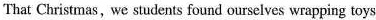
That Christmas, we students found ourselves wrapping toys